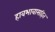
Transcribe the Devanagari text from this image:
हावभावासहित